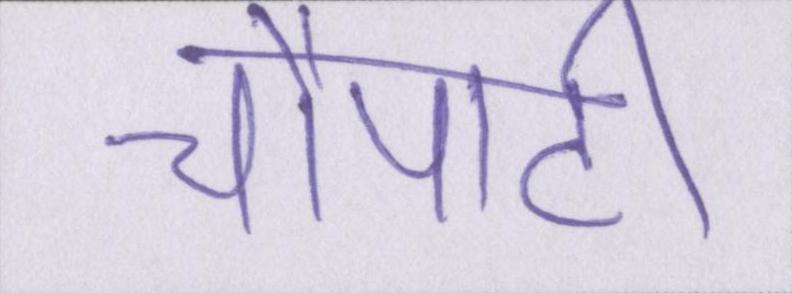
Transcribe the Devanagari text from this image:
चौपाटी